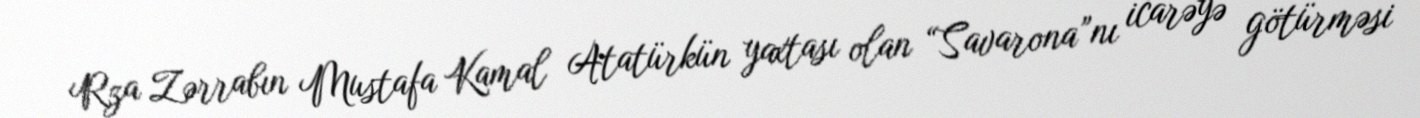
Rza Zərrabın Mustafa Kamal Atatürkün yaxtası olan “Savarona”nı icarəyə götürməsi